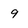
Character: 9